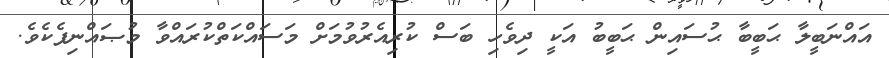
އައްނަބީލާ ޙަބީބާ ޙުސައިން ޙަބީބު އަކީ ދިވެހި ބަސް ކުރިއެރުވުމަށް މަސައްކަތްކުރައްވާ މުޞައްނިފެކެވެ.